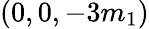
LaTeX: (0,0,-3m_{1})